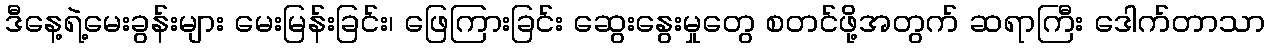
ဒီနေ့ရဲ့မေးခွန်းများ မေးမြန်းခြင်း၊ ဖြေကြားခြင်း ဆွေးနွေးမှုတွေ စတင်ဖို့အတွက် ဆရာကြီး ဒေါက်တာသာ